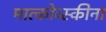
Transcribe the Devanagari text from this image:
मात्कोव्स्कीना